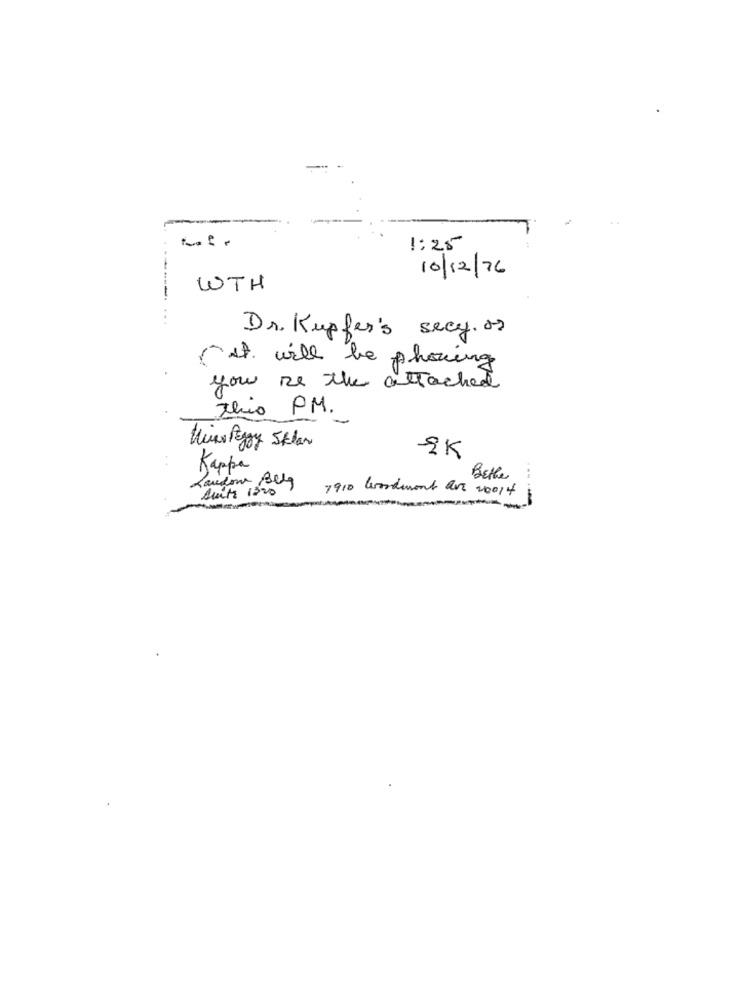
-
1:25
10/12/76
WTH
------
...
Dr. Kupfer's secy.os
it will be phoning
you se the attached
This PM.
Wins Peggy Sklar
9K
Kappa
Landon Belg
Better
...
Suite 1320
7910 Wordwant One 20014